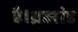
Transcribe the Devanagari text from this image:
है।ब्रह्मांड